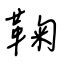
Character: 鞠